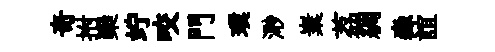
奇拊欒竚咬門璞𣺌嶪荔綢淼誼